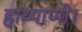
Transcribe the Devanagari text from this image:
हाथ्याणी।